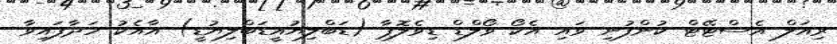
ރިއަލް އެސްޓޭޓް ކުންފުނި ވައި އެކޯ ވޯލްޑް ޑިވެލޮޕާ (ޑަބްލިޔުއީޑަބްލިޔުޑީ) އާއެކު ހަދާފައިވާ